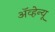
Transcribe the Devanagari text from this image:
अॅव्हेन्यू